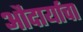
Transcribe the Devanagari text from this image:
औदार्याचा